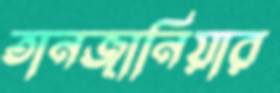
তানজানিয়ার